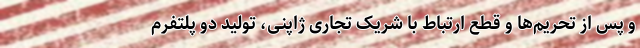
و پس از تحریم‌ها و قطع ارتباط با شریک تجاری ژاپنی، تولید دو پلتفرم